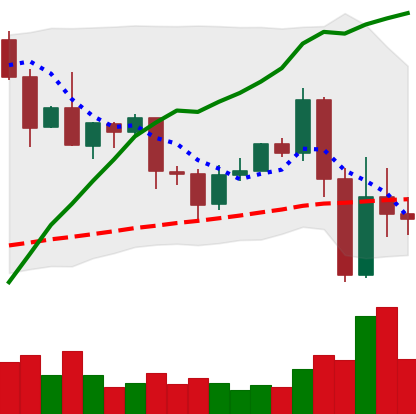
Ticker: EOS-USD
Chart end date: 2020-09-06
Forward return: -4.233%
Label: down_3_5